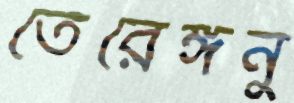
তেরেঙ্গনু